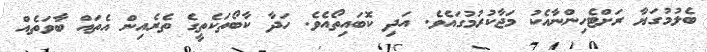
ބެލުމުގަޔާ ރަށްޓެހިންނާއެކު މަޖާކުރުމުގައެވެ. އަދި ކޮބައިތޯއެވެ. ހަދާ ކާބޯތަކެތީގެ ތެރެއިން އެތައް ބާވަތެއް